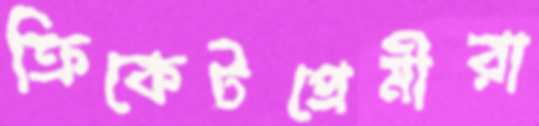
ক্রিকেটপ্রেমীরা